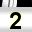
Digit: 2